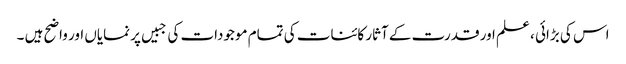
اس کی بڑائی ، علم اور قدرت کے آثار کائنات کی تمام موجودات کی جبیں پر نمایاں اور واضح ہیں ۔